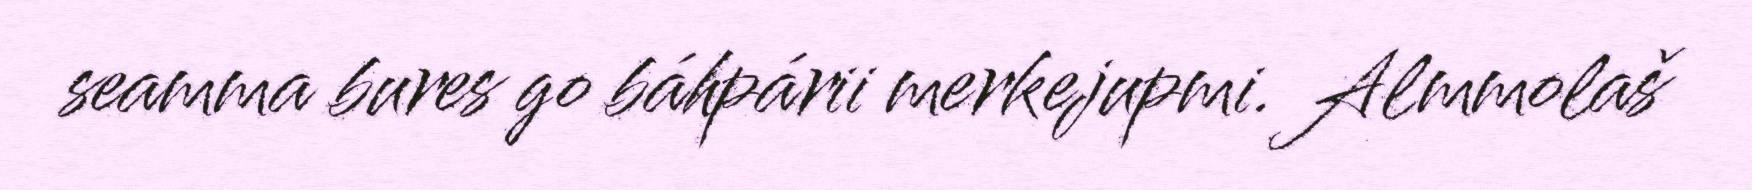
seamma bures go báhpárii merkejupmi. Almmolaš